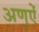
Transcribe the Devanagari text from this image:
अणुऐं